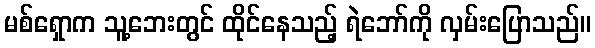
မစ်ရှောက သူ့ဘေးတွင် ထိုင်နေသည့် ရဲဘော်ကို လှမ်းပြောသည်။